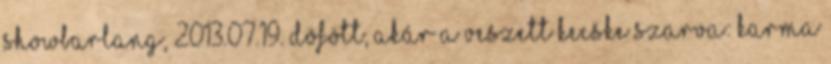
Showbarlang, 2013.07.19. Döfött, akár a veszett kecske szarva: Karma